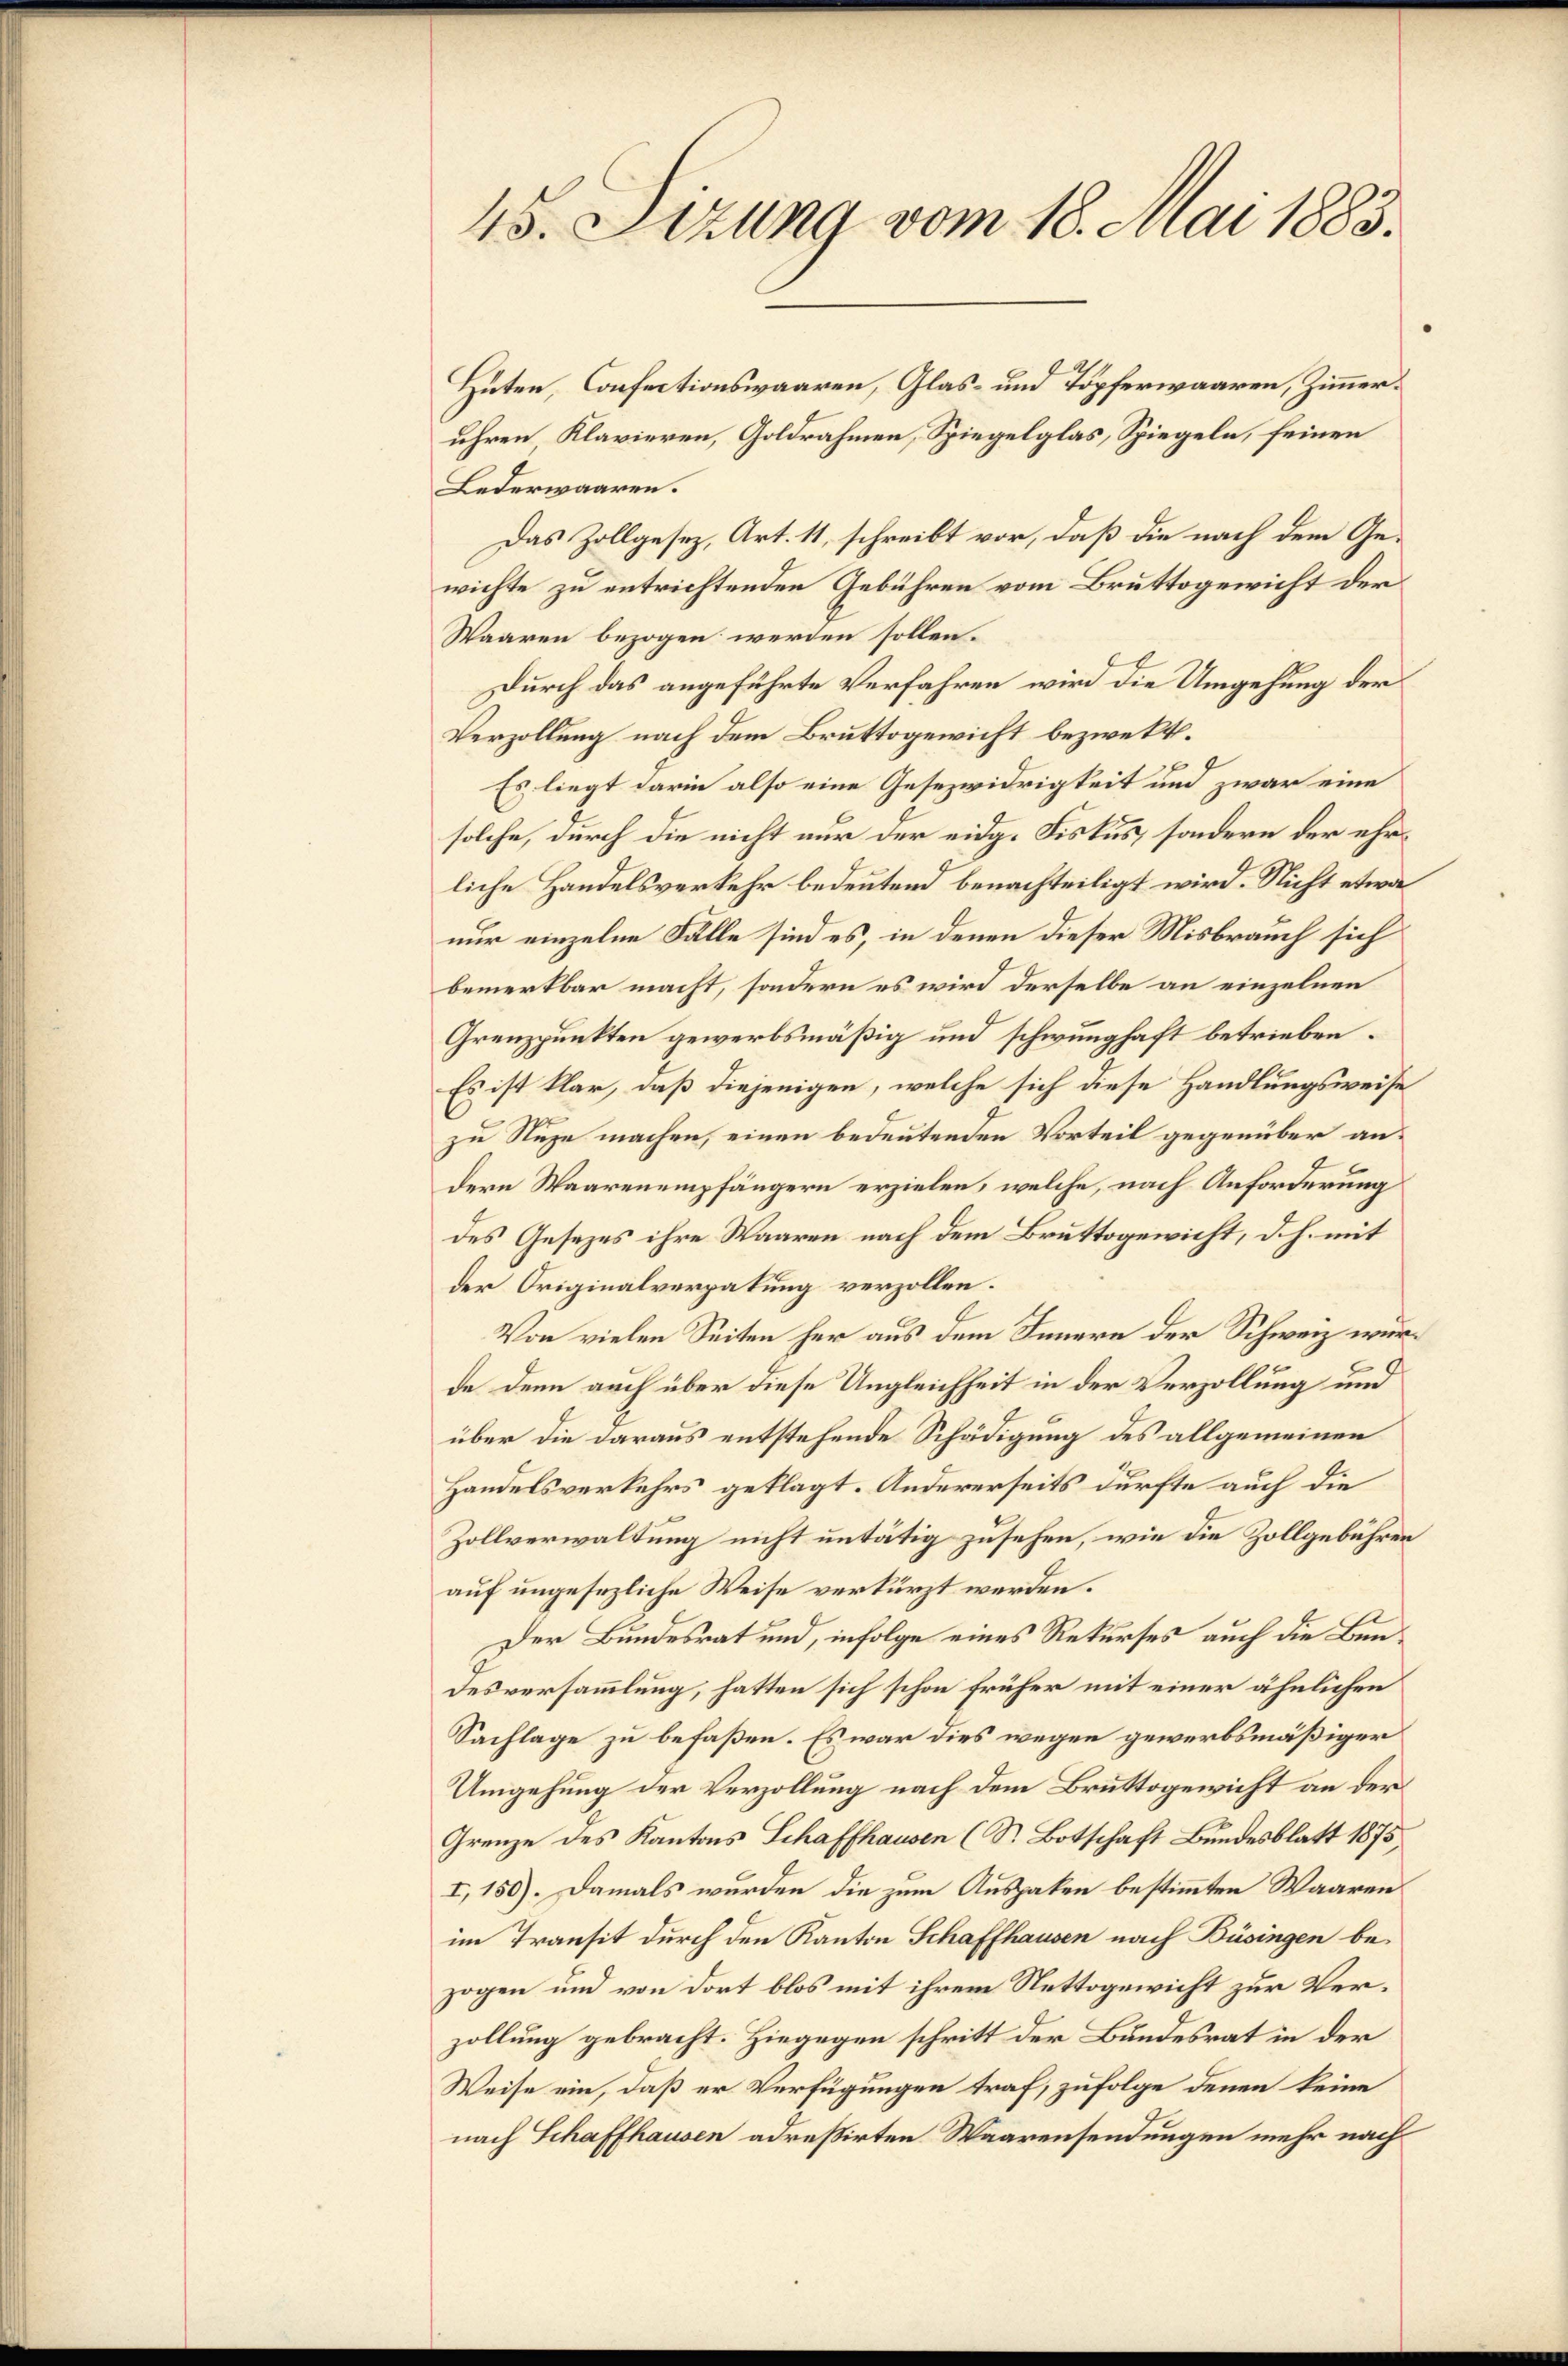
45. Sizung vom 18. Mai 1883.

Huten, Confectionswaaren, Glas- und Töpferwaaren, Zimmeruhren Klavieren, Goldrahmen, Spiegelglas, Spiegeln, feinen
Lederwaaren.
Das Zollgesez, Art. 11, schreibt vor, daß die nach dem Gewichte zu entrichtenden Gebühren vom Bruttogewicht der
Waaren bezogen werden sollen.
Durch das angeführte Verfahren wird die Umgehung der
Verzollung nach dem Bruttogewicht bezwekt.
Es liegt darin also eine Gesezwidrigkeit und zwar eine
solche, durch die nicht nur der eidg. Fiskus, sondern der ehrliche Handelsverkehr bedeutend benachteiligt wird. Nicht etwa
nur einzelne Fälle sind es, in denen dieser Misbrauch sich
bemerkbar macht, sondern es wird derselbe an einzelnen
Grenzpunkten gewerbsmäßig und schwunghaft betrieben.
Es ist klar, daß diejenigen, welche sich diese Handlungsweise
zu Nuze machen, einen bedeutenden Vorteil gegenüber andern Waarenempfängern erzielen, welche, nach Anforderung
des Gesezes ihre Waaren nach dem Bruttogewicht, d. h. mit
der Originalverpalung verzollen.
Von vielen Seiten her aus dem Innern der Schweiz wurde denn auch über diese Ungleichheit in der Verzollung und
über die daraus entstehende Schädigung des allgemeinen
Handelsverkehrs geklagt. Andererseits durfte auch die
Zollverwaltung nicht untätig zusehen, wie die Zollgebühren
auf ungesezliche Weise verkürzt werden.
Der Bundesrat und, infolge eines Rekurses auch die Bundesversammlung, hatten sich schon früher mit einer ähnlichen
Sachlage zu befaßen. Es war dies wegen gewerbsmäßiger
Umgehung der Verzollung nach dem Bruttogewicht an der
Grenze des Kantons Schaffhausen (S. Botschaft Bundesblatt 1875
I,150). Damals werden die zum Auspaken bestimmten Waaren
im Transit durch den Kanton Schaffhausen nach Büsingen bezogen und von dort blos mit ihrem Nettogewicht zur Verzollung gebracht. Hiegegen schritt der Bundesrat in der
Weise ein, daß er Verfügungen traf, zufolge denen keine
nach Schaffhausen adreßirten Waarensendungen mehr nach